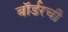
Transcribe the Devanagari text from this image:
बॉर्डरची